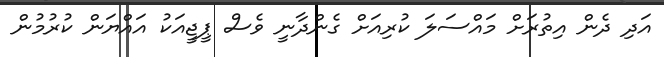
އަދި ދެން އިތުރަށް މައްސަލަ ކުރިއަށް ގެންދާނީ ވެސް ޕީޖީއަކު އައްޔަން ކުރުމުން